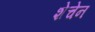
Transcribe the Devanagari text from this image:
शेचेन